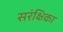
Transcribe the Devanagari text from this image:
सरंक्षिका